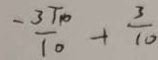
- \frac { 3 \sqrt { 1 0 } } { 1 0 } + \frac { 3 } { 1 0 }